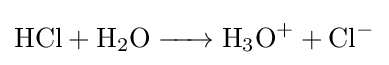
{\ce {HCl + H2O -> H3O+ + Cl-}}